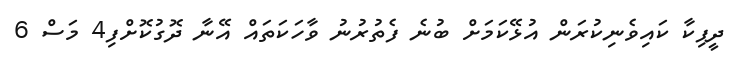
ދީޕިކާ ކައިވެނިކުރަން އުޅޭކަމަށް ބުނެ ފެތުރުނު ވާހަކަތަައް އޭނާ ދޮގުކޮށްފި4 މަސް 6